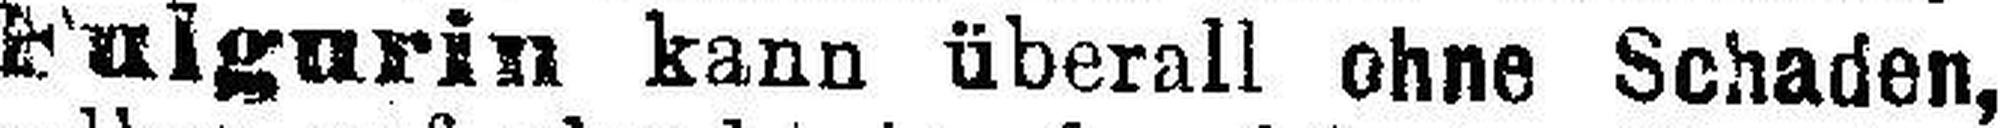
Fulgurin kann überall ohne Schaden,